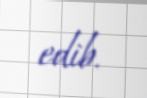
edib.